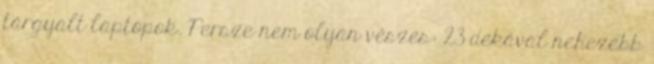
tárgyalt laptopok. Persze nem olyan vészes: 23 dekával nehezebb